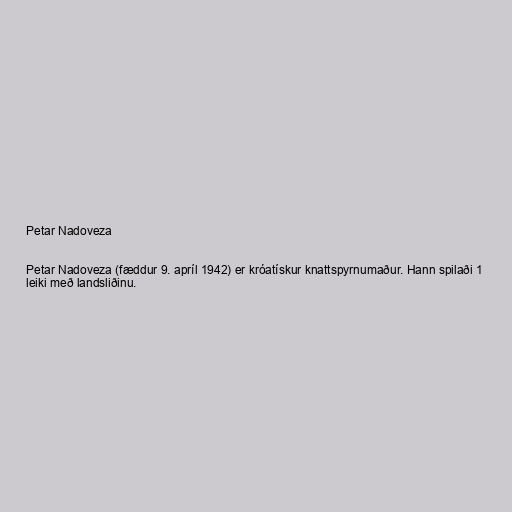
Petar Nadoveza

Petar Nadoveza (fæddur 9. apríl 1942) er króatískur knattspyrnumaður. Hann spilaði 1
leiki með landsliðinu.